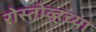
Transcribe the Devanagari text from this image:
रोस्तोव्हच्या